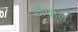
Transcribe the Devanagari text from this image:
टीकाल